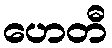
ဟေတီ